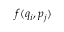
f ( q _ { i } , p _ { j } )